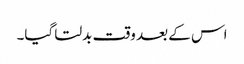
اس کے بعد وقت بدلتا گیا۔